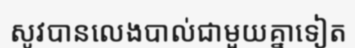
សូវបានលេងបាល់ជាមួយគ្នាទៀត